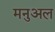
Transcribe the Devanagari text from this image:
मनुअल